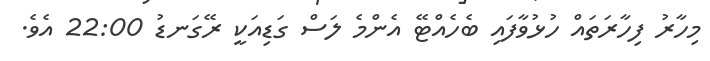
މިހާރު ފިހާރަތައް ހުޅުވާފައި ބެހެއްޓޭ އެންމެ ލަސް ގަޑިއަކީ ރޭގަނޑު 22:00 އެވެ.